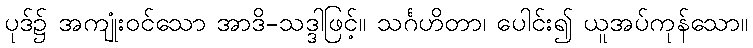
ပုဒ်၌ အကျုံးဝင်သော အာဒိ-သဒ္ဒါဖြင့်။ သင်္ဂဟိတာ၊ ပေါင်း၍ ယူအပ်ကုန်သော။